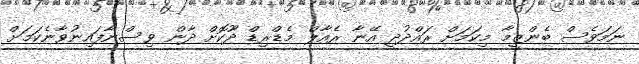
ނަމަވެސް ބެންޒީމާ މިކަމަށް ރައްދުދީ އޭނާ ރެއާލް މެޑްރިޑް ދޫކޮށް ދާން ވިސްނާފައިނުވާނެކަމަށް